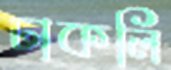
ঢাকলি